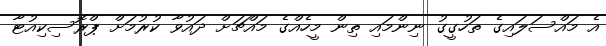
އެ މައްސަލައިގެ ތަހުގީގު ނިންމައި ތިން މީހެއްގެ މައްޗަށް ދައުވާ ކުރުމަށް ޕްރޮސިކިއުޓާ